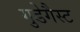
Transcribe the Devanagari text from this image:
गुडेगैस्ट